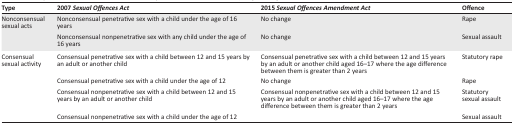
<table><thead><tr><td><b>Type</b></td><td><b>2007 <i>Sexual Offences Act</i></b></td><td><b>2015 <i>Sexual Offences Amendment Act</i></b></td><td><b>Offence</b></td></tr></thead><tbody><tr><td>Nonconsensual sexual acts</td><td>Nonconsensual penetrative sex with a child under the age of 16 years</td><td>No change</td><td>Rape</td></tr><tr><td></td><td>Nonconsensual nonpenetrative sex with any child under the age of 16 years</td><td>No change</td><td>Sexual assault</td></tr><tr><td>Consensual sexual activity</td><td>Consensual penetrative sex with a child between 12 and 15 years by an adult or another child</td><td>Consensual penetrative sex with a child between 12 and 15 years by an adult or another child aged 16-17 where the age difference between them is greater than 2 years</td><td>Statutory rape</td></tr><tr><td></td><td>Consensual penetrative sex with a child under the age of 12</td><td>No change</td><td>Rape</td></tr><tr><td></td><td>Consensual nonpenetrative sex with a child between 12 and 15 years by an adult or another child</td><td>Consensual nonpenetrative sex with a child between 12 and 15 years by an adult or another child aged 16-17 where the age difference between them is greater than 2 years</td><td>Statutory sexual assault</td></tr><tr><td></td><td>Consensual nonpenetrative sex with a child under the age of 12</td><td></td><td>Sexual assault</td></tr></tbody></table>